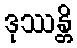
ဒုဿန္တိ